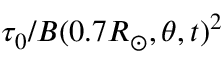
\tau _ { 0 } / B ( 0 . 7 R _ { \odot } , \theta , t ) ^ { 2 }